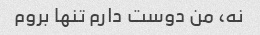
نه، من دوست دارم تنها بروم